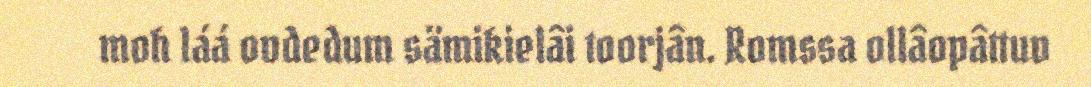
moh láá ovdedum sämikielâi toorjân. Romssa ollâopâttuv